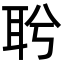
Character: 𦕎